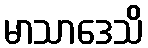
မာသာဒေသိ